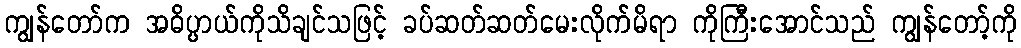
ကျွန်တော်က အဓိပ္ပာယ်ကိုသိချင်သဖြင့် ခပ်ဆတ်ဆတ်မေးလိုက်မိရာ ကိုကြီးအောင်သည် ကျွန်တော့်ကို